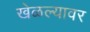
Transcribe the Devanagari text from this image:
खेळल्यावर